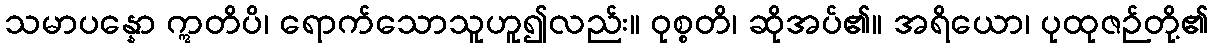
သမာပန္နော ဣတိပိ၊ ရောက်သောသူဟူ၍လည်း။ ဝုစ္စတိ၊ ဆိုအပ်၏။ အရိယော၊ ပုထုဇဉ်တို့၏